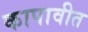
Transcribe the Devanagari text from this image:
कापावीत